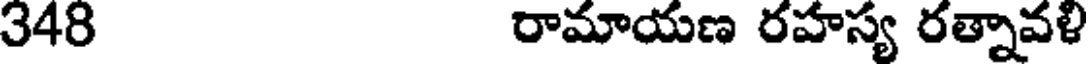
348 రామాయణ రహస్య రత్నావళి